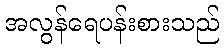
အလွန်ရေပန်းစားသည်